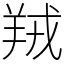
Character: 羢